Lunatic asylums Central Provinces reports 1895-1909 - 1895-1909
Year: 1895
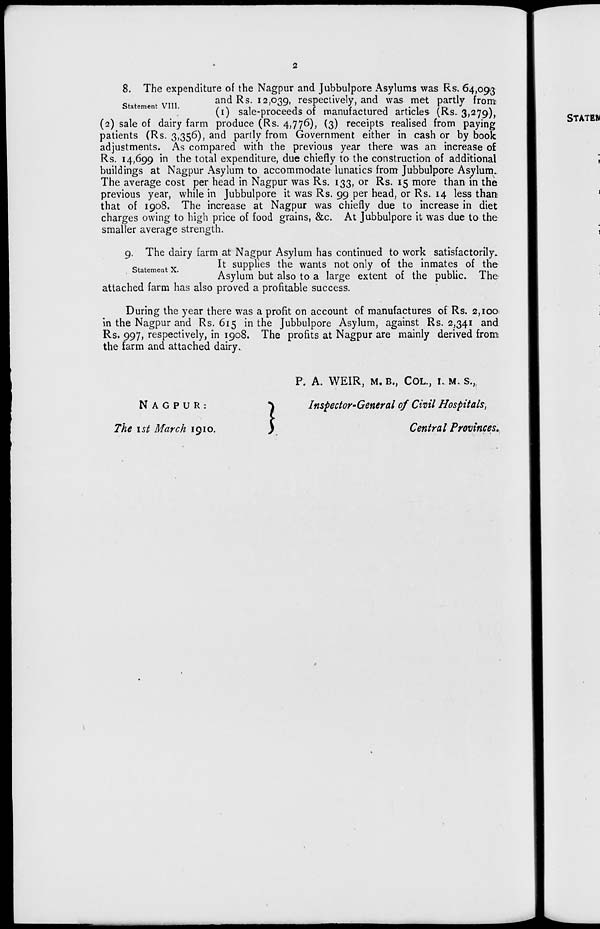
2
Statement VIII.
8. The expenditure of the Nagpur and Jubbulpore Asylums was Rs. 64,093
and Rs. 12,039, respectively, and was met partly from
(1) sale-proceeds of manufactured articles (Rs. 3,279),
(2) sale of dairy farm produce (Rs. 4,776), (3) receipts realised from paying
patients (Rs. 3,356), and partly from Government either in cash or by book
adjustments. As compared with the previous year there was an increase of
Rs. 14,699 in the total expenditure, due chiefly to the construction of additional
buildings at Nagpur Asylum to accommodate lunatics from Jubbulpore Asylum.
The average cost per head in Nagpur was Rs. 133, or Rs. 15 more than in the
previous year, while in Jubbulpore it was Rs. 99 per head, or Rs. 14 less than
that of 1908. The increase at Nagpur was chiefly due to increase in diet
charges owing to high price of food grains, &c. At Jubbulpore it was due to the
smaller average strength.
Statement X.
9. The dairy farm at Nagpur Asylum has continued to work satisfactorily.
It supplies the wants not only of the inmates of the
Asylum but also to a large extent of the public. The
attached farm has also proved a profitable success.
During the year there was a profit on account of manufactures of Rs. 2,100
in the Nagpur and Rs. 615 in the Jubbulpore Asylum, against Rs. 2,341 and
Rs. 997, respectively, in 1908. The profits at Nagpur are mainly derived from
the farm and attached dairy.
NAGPUR:
The 1st March 1910.
P. A. WEIR, M.B., COL., I. M. S.,
Inspector-General of Civil Hospitals,
Central Provinces.